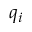
q _ { i }